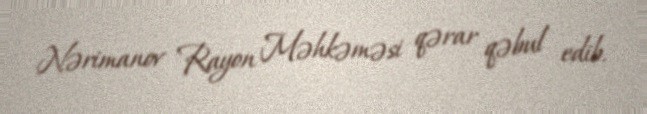
Nərimanov Rayon Məhkəməsi qərar qəbul edib.